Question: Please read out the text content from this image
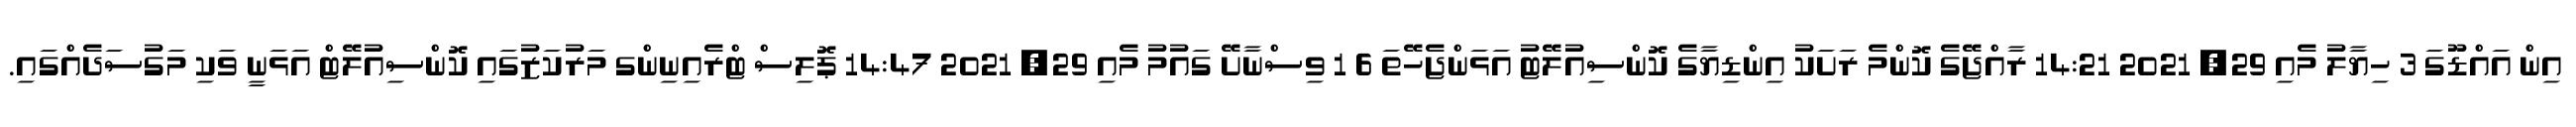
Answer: އިން އައްޑޫގަ 3 ހިޔާލު މެއި 29, 2021 14:21 ރާއްޖޭގެ ކޮންމެ ރަށަކު އިންޑިޔާގެ ކޮންސިއުލޭޓު އަޅަންޖެހޭތަ 6 1 ވިސްނާށޭ ގައުމު މެއި 29, 2021 14:47 ޕޮލިސް ޓްރެއިނިންގ މަރުކަޒުގައި ކޮންސިއުލޭޓް އަޅަނީ ވަކި މަގުސަދެއްގައި.